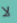
لا